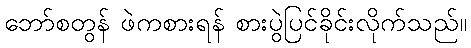
ဘော်စတွန် ဖဲကစားရန် စားပွဲပြင်ခိုင်းလိုက်သည်။